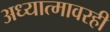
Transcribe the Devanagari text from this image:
अध्यात्मावरही